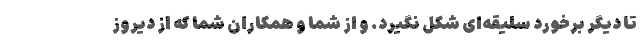
تا دیگر برخورد سلیقه‌ای شکل نگیرد. و از شما و همکاران شما که از دیروز